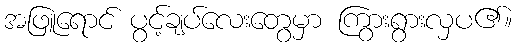
အဖြူရောင် ပွင့်ချပ်လေးတွေမှာ ကြွားရွားလှပ၏။